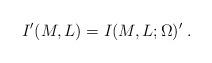
LaTeX: \begin{align*}I'(M,L)=I(M,L;\Omega)'\;.\end{align*}